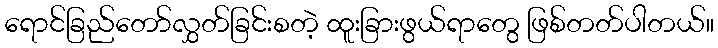
ရောင်ခြည်တော်လွှတ်ခြင်းစတဲ့ ထူးခြားဖွယ်ရာတွေ ဖြစ်တတ်ပါတယ်။